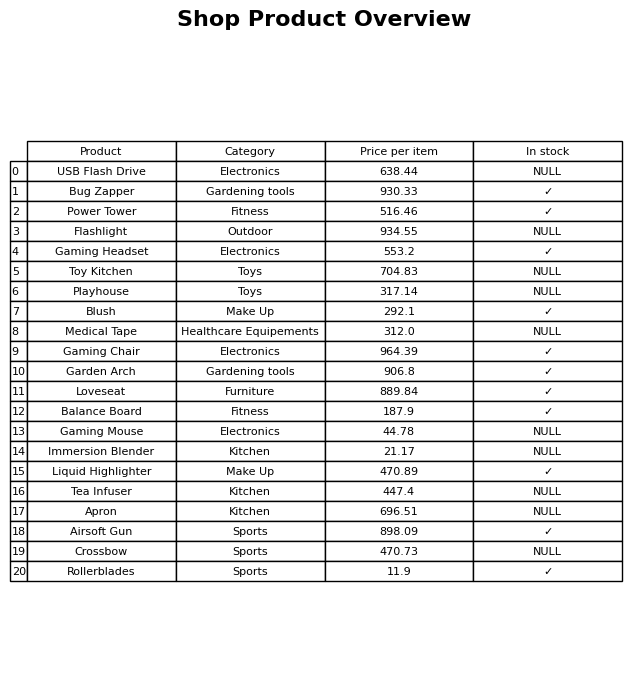
question: What is the price of the Flashlight?
answer: The price of Flashlight is 934.55.